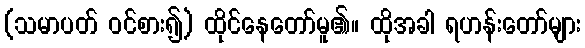
(သမာပတ် ဝင်စား၍) ထိုင်နေတော်မူ၏။ ထိုအခါ ရဟန်းတော်များ